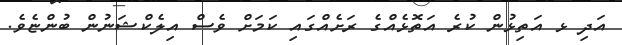
އަދި ޅ އަތިޅުން ކުރެ އަތޮޅެއްގެ ރަށެއްގައި ކަމަށް ވެސް އިލެކްޝަނުން ބުންޏެވެ.